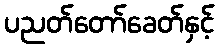
ပညတ်တော်ခေတ်နှင့်